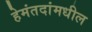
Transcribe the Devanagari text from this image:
हेमंतदांमधील